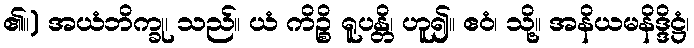
၏။) အယံဘိက္ခု၊ သည်။ ယံ ကိဉ္စိ ရူပန္တိ၊ ဟူ၍။ ဧဝံ၊ သို့။ အနိယမနိဒ္ဒိဋ္ဌံ၊